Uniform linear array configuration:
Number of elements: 4
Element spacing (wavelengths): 0.5
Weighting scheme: exponential
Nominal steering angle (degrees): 15
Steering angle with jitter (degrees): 15.287
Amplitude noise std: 0.05
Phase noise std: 0.05

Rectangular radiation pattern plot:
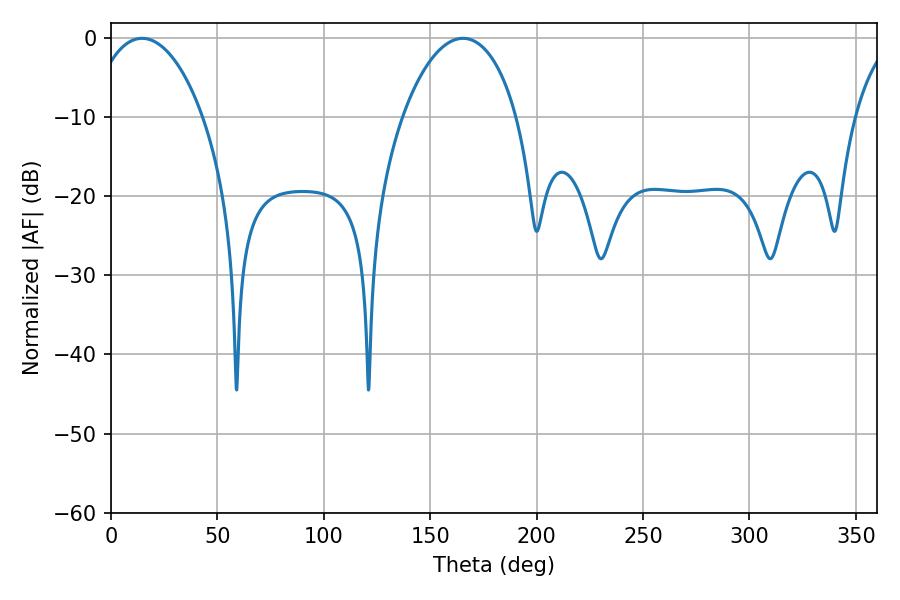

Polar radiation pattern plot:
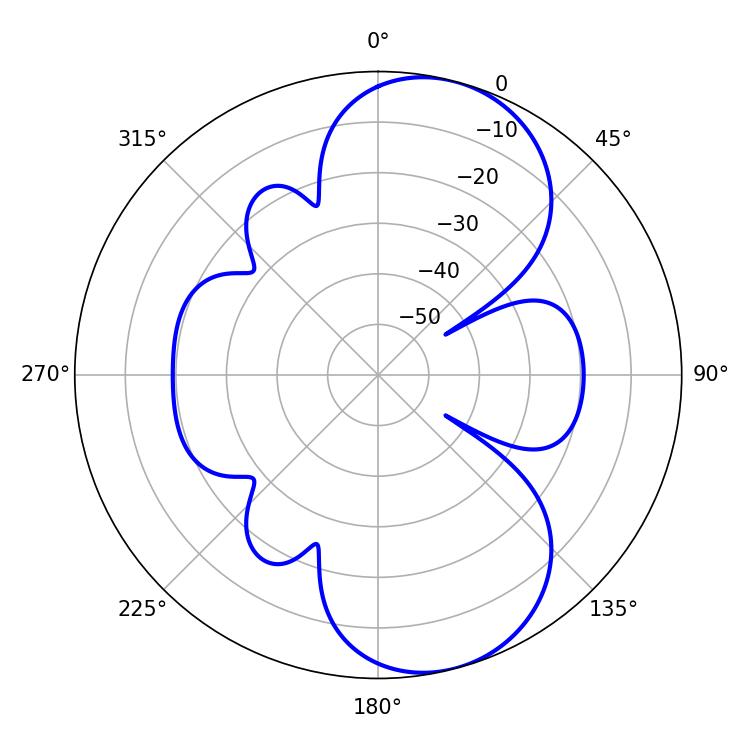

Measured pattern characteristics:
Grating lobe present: FALSE
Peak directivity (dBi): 8.489
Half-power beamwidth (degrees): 30.42
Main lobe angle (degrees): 14.58